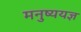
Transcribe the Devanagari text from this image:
मनुष्ययज्ञ